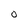
Character: O